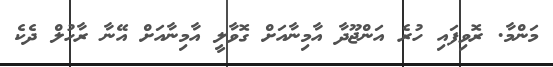
މަންމާ. ރޮވިފައި ހުރެ އަންޖޫދާ އާމިނާއަށް ގޮވާލީ އާމިނާއަށް އޭނާ ރާހުލް ދެކެ